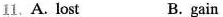
11. A. Lost B.gain